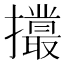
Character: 𢸻